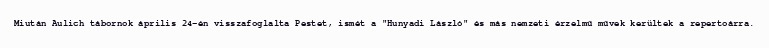
Miután Aulich tábornok április 24-én visszafoglalta Pestet, ismét a "Hunyadi László" és más nemzeti érzelmű művek kerültek a repertoárra.